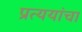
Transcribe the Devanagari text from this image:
प्रत्ययांचा